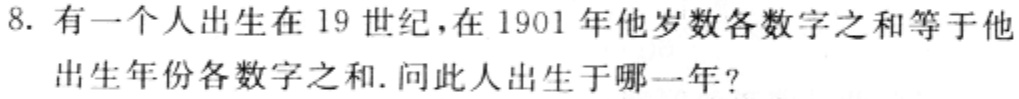
8. 有一个人出生在 19 世纪，在 1901 年他岁数各数字之和等于他
出生年份各数字之和. 问此人出生于哪一年?